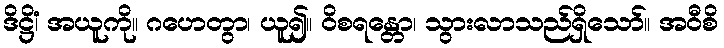
ဒိဋ္ဌိံ၊ အယူကို။ ဂဟေတွာ၊ ယူ၍။ ဝိစရန္တော၊ သွားလာသည်ရှိသော်။ အဝီစိ